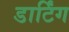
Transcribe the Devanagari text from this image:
डार्टिंग